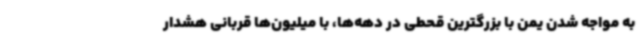
به مواجه شدن یمن با بزرگترین قحطی در دهه‌ها، با میلیون‌ها قربانی هشدار